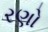
રણો